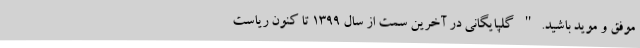
موفق و موید باشید." گلپایگانی در آخرین سمت از سال ۱۳۹۹ تا کنون ریاست